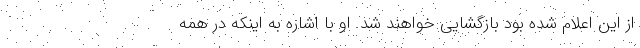
از این اعلام شده بود بازگشایی خواهند شد. او با اشاره به اینکه در همه